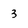
Character: 3